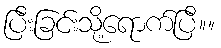
ပြီးခြင်းသို့ရောက်ပြီ။။